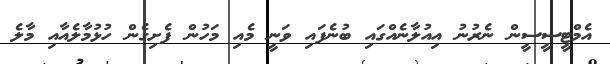
އެމްޓީސީސީން ނެރުނު އިއުލާނެއްގައި ބުނެފައި ވަނީ މެއި މަހުން ފެށިގެން ހުޅުމާލެއާއި މާލެ